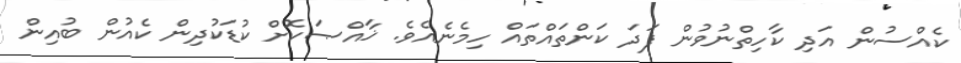
ކެއްސުން އަދި ކާހިތްނުވުން ފަދަ ކަންތައްތައް ހިމެނެއެވެ. ޚާއްޞަކޮށް ކުޑަކުދިން ކެއުން ބުއިން